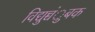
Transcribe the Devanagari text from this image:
विद्युच्चंुबक